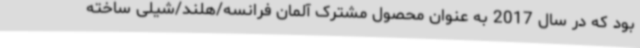
بود که در سال 2017 به عنوان محصول مشترک آلمان فرانسه/هلند/شیلی ساخته